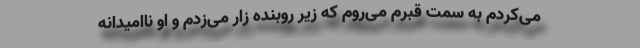
می‌کردم به سمت قبرم می‌روم که زیر روبنده زار می‌زدم و او ناامیدانه